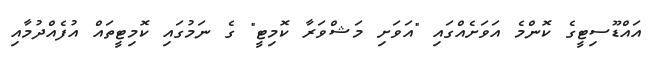
އައްޑޫސިޓީގެ ކޮންމެ އަވަށެއްގައި "އަވަށި މަޝްވަރާ ކޮމިޓީ" ގެ ނަމުގައި ކޮމިޓީތައް އުފެއްދުމާއި